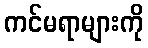
ကင်မရာများကို